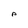
Character: P